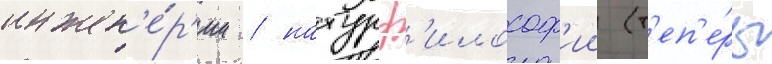
инжен'е́р'ии / натурф'илософ'ии (т'еп'е́рь